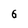
Character: 6